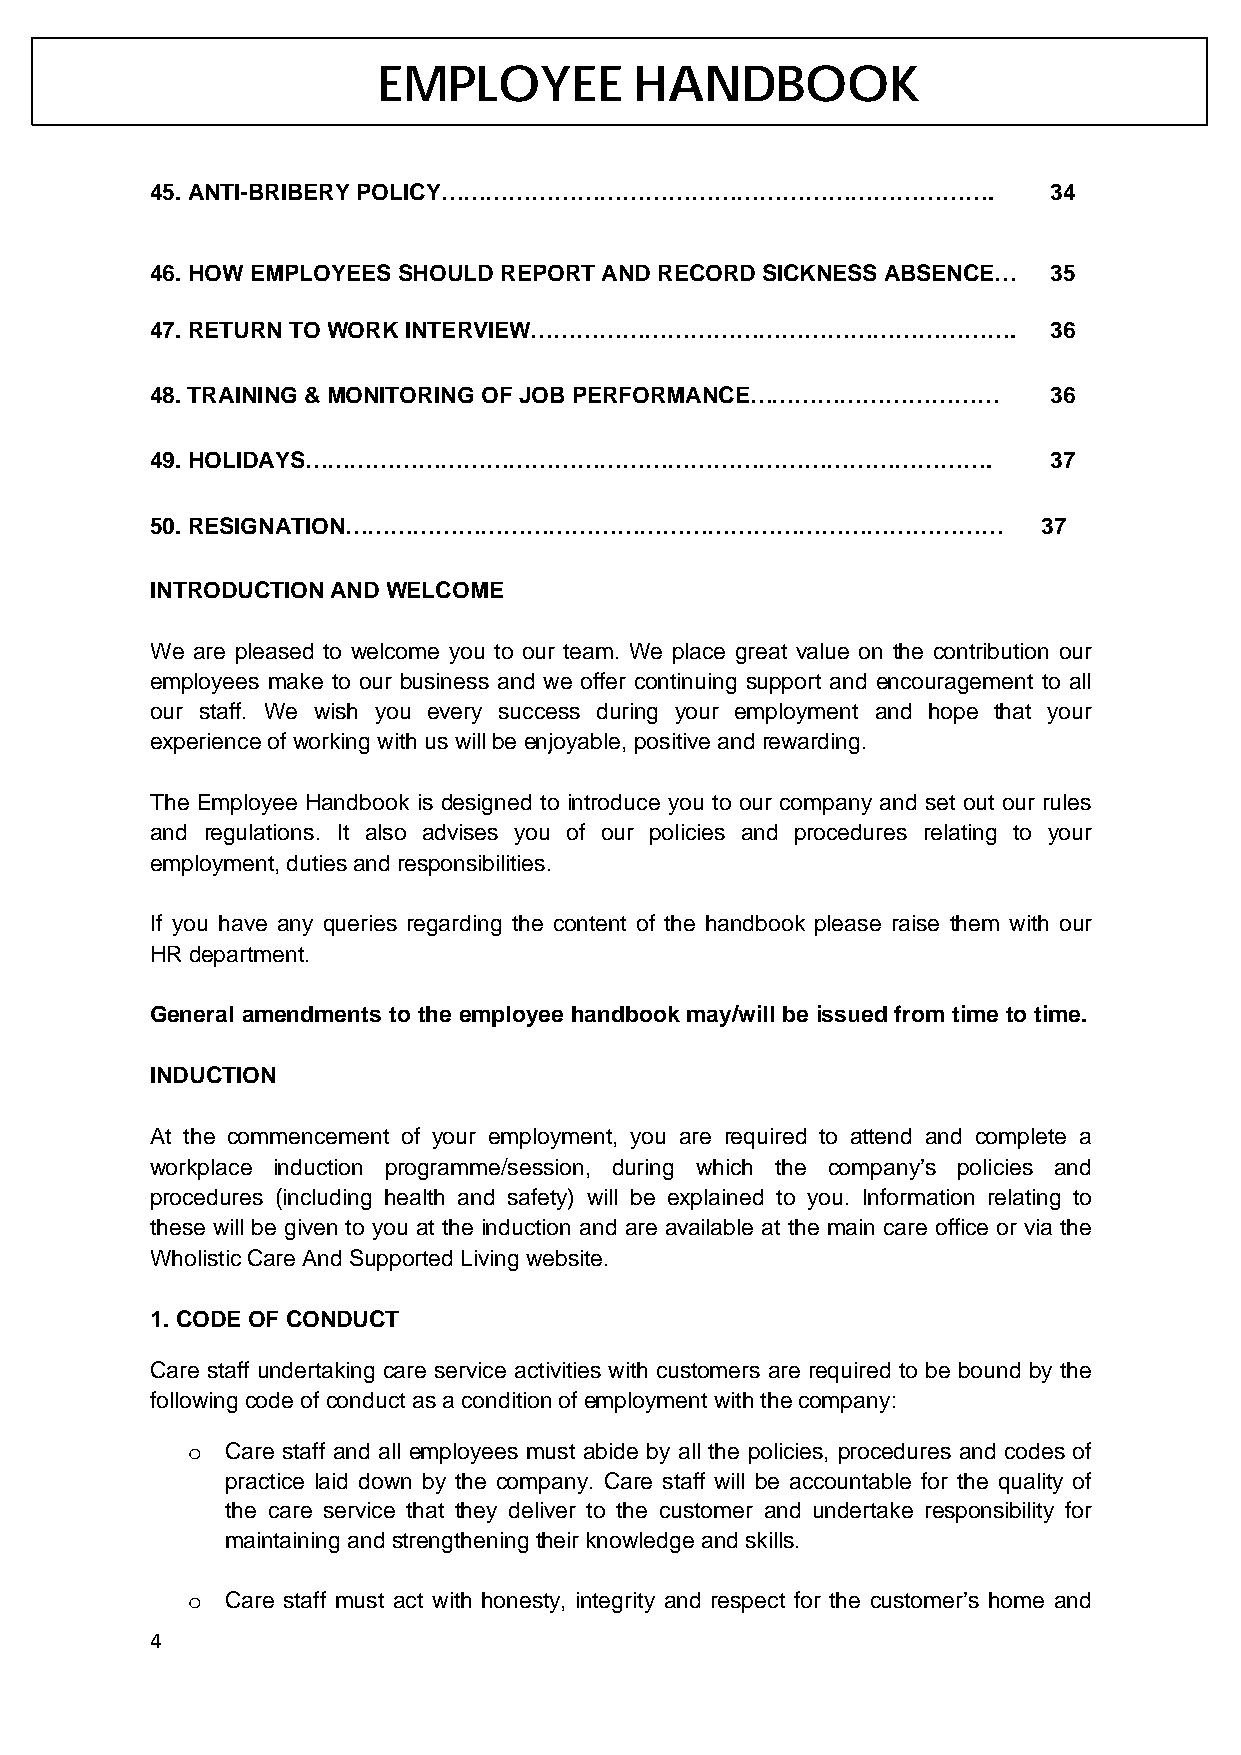
EMPLOYEE         HANDBOOK
 45. ANTI-BRIBERY POLICY……………………………………………………………….            34
 46. HOW EMPLOYEES SHOULD REPORT AND RECORD SICKNESS ABSENCE… 35
 47. RETURN TO WORK INTERVIEW……………………………………………………….          36
 48. TRAINING & MONITORING OF JOB PERFORMANCE……………………………     36
 49. HOLIDAYS……………………………………………………………………………….                 37
 50. RESIGNATION……………………………………………………………………………               37
 INTRODUCTION AND WELCOME
 We are pleased to welcome you to our team. We place great value on the contribution our
 employees make to our business and we offer continuing support and encouragement to all
 our staff. We wish you every success during your employment and hope that your
 experience of working with us will be enjoyable, positive and rewarding.
 The Employee Handbook is designed to introduce you to our company and set out our rules
 and regulations. It also advises you of our policies and procedures relating to your
 employment, duties and responsibilities.
 If you have any queries regarding the content of the handbook please raise them with our
 HR department.
 General amendments to the employee handbook may/will be issued from time to time.
 INDUCTION
 At the commencement of your employment, you are required to attend and complete a
 workplace induction programme/session, during which the company’s policies and
 procedures (including health and safety) will be explained to you. Information relating to
 these will be given to you at the induction and are available at the main care office or via the
 Wholistic Care And Supported Living website.
 1. CODE OF CONDUCT
 Care staff undertaking care service activities with customers are required to be bound by the
 following code of conduct as a condition of employment with the company:
 Care staff and all employees must abide by all the policies, procedures and codes of
 o
 practice laid down by the company. Care staff will be accountable for the quality of
 the care service that they deliver to the customer and undertake responsibility for
 maintaining and strengthening their knowledge and skills.
 Care staff must act with honesty, integrity and respect for the customer’s home and
 o
 4